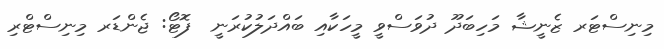
މިނިސްޓަރ ޒެނީޝާ މަހިބަދޫ ދުވަސްވީ މީހަކާއި ބައްދަލުކުރަނީ  ފޮޓޯ: ޖެންޑަރ މިނިސްޓްރި